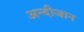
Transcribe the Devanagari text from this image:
अन्दीजान